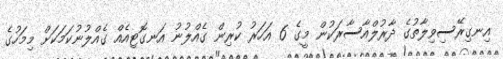
އިނގިރޭސިވިލާތުގެ ދާރުލްއާސާރަކުން މީގެ 6 އަހަރު ކުރިން ގެއްލުނު އަނގޮޓިއެއް ގެއްލުނުކަމަކަށް މިމަހުގެ